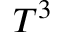
T ^ { 3 }